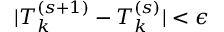
| T _ { k } ^ { ( s + 1 ) } - T _ { k } ^ { ( s ) } | < \epsilon